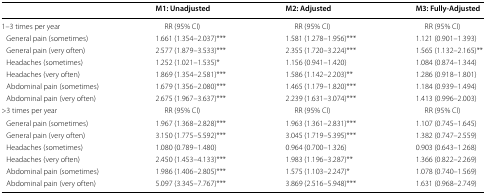
<table><thead><tr><td></td><td><b>M1: Unadjusted</b></td><td><b>M2: Adjusted</b></td><td><b>M3: Fully-Adjusted</b></td></tr></thead><tbody><tr><td>1–3 times per year</td><td>RR (95% CI)</td><td>RR (95% CI)</td><td>RR (95% CI)</td></tr><tr><td> General pain (sometimes)</td><td>1.661 (1.354–2.037)***</td><td>1.581 (1.278–1.956)***</td><td>1.121 (0.901–1.393)</td></tr><tr><td> General pain (very often)</td><td>2.577 (1.879–3.533)***</td><td>2.355 (1.720–3.224)***</td><td>1.565 (1.132–2.165)**</td></tr><tr><td> Headaches (sometimes)</td><td>1.252 (1.021–1.535)*</td><td>1.156 (0.941–1.420)</td><td>1.084 (0.874–1.344)</td></tr><tr><td> Headaches (very often)</td><td>1.869 (1.354–2.581)***</td><td>1.586 (1.142–2.203)**</td><td>1.286 (0.918–1.801)</td></tr><tr><td> Abdominal pain (sometimes)</td><td>1.679 (1.356–2.080)***</td><td>1.465 (1.179–1.820)***</td><td>1.184 (0.939–1.494)</td></tr><tr><td> Abdominal pain (very often)</td><td>2.675 (1.967–3.637)***</td><td>2.239 (1.631–3.074)***</td><td>1.413 (0.996–2.003)</td></tr><tr><td>&gt;3 times per year</td><td>RR (95% CI)</td><td>RR (95% CI)</td><td>RR (95% CI)</td></tr><tr><td> General pain (sometimes)</td><td>1.967 (1.368–2.828)***</td><td>1.963 (1.361–2.831)***</td><td>1.107 (0.745–1.645)</td></tr><tr><td> General pain (very often)</td><td>3.150 (1.775–5.592)***</td><td>3.045 (1.719–5.395)***</td><td>1.382 (0.747–2.559)</td></tr><tr><td> Headaches (sometimes)</td><td>1.080 (0.789–1.480)</td><td>0.964 (0.700–1.326)</td><td>0.903 (0.643–1.268)</td></tr><tr><td> Headaches (very often)</td><td>2.450 (1.453–4.133)***</td><td>1.983 (1.196–3.287)**</td><td>1.366 (0.822–2.269)</td></tr><tr><td> Abdominal pain (sometimes)</td><td>1.986 (1.406–2.805)***</td><td>1.575 (1.103–2.247)*</td><td>1.078 (0.740–1.569)</td></tr><tr><td> Abdominal pain (very often)</td><td>5.097 (3.345–7.767)***</td><td>3.869 (2.516–5.948)***</td><td>1.631 (0.968–2.749)</td></tr></tbody></table>